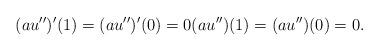
LaTeX: \begin{align*}(au'')'(1)=(au'')'(0)=0 (au'')(1)=(au'')(0)=0.\end{align*}